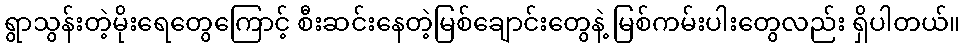
ရွာသွန်းတဲ့မိုးရေတွေကြောင့် စီးဆင်းနေတဲ့မြစ်ချောင်းတွေနဲ့ မြစ်ကမ်းပါးတွေလည်း ရှိပါတယ်။